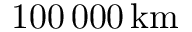
1 0 0 \, 0 0 0 \, \mathrm { k m }